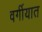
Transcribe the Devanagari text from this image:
वर्गीयात